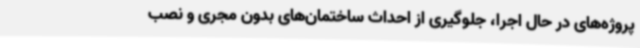
پروژه‌های در حال اجرا، جلوگیری از احداث ساختمان‌های بدون مجری و نصب